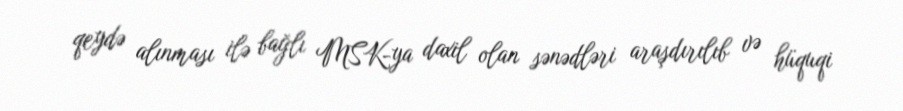
qeydə alınması ilə bağlı MSK-ya daxil olan sənədləri araşdırılıb və hüquqi